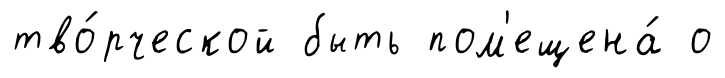
тво́рческой быть пом'ещена́ о